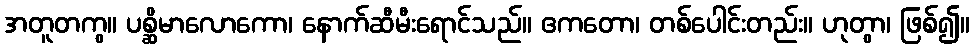
အတူတကွ။ ပစ္ဆိမာလောကော၊ နောက်ဆီမီးရောင်သည်။ ဧကတော၊ တစ်ပေါင်းတည်း။ ဟုတွာ၊ ဖြစ်၍။